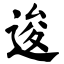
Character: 逡